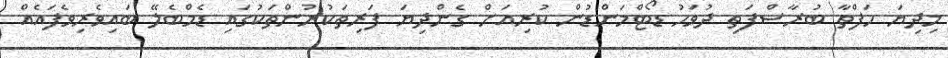
މިދިޔަ ހަފްތާ ބުރާސްފަތި ދުވަހު ޑޯޓްމަންޑުން ކުރިއަށް ގެންދިޔަ ފަރިތަކުރުންތަކުގައި ޑެމްބެލޭ ބައިވެރިވެފައެއް